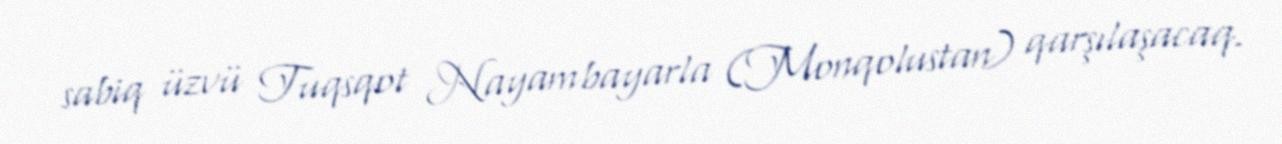
sabiq üzvü Tuqsqot Nayambayarla (Monqolustan) qarşılaşacaq.